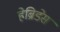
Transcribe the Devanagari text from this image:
हेब्रिडेस